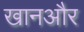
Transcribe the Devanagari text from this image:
खानऔर